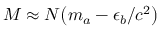
M \approx N { \left( m _ { a } - \epsilon _ { b } / c ^ { 2 } \right) }